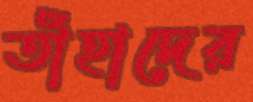
তাঁহাদের